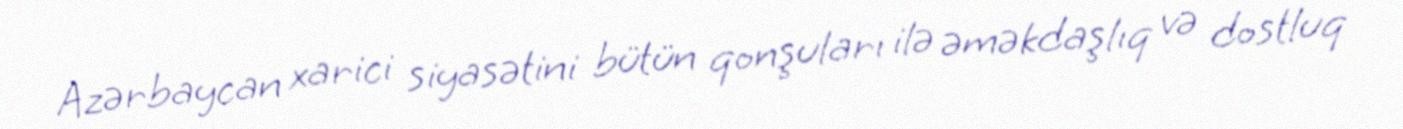
Azərbaycan xarici siyasətini bütün qonşuları ilə əməkdaşlıq və dostluq